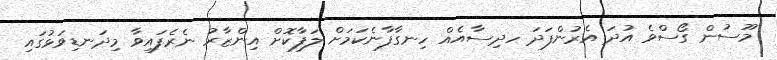
މޫސުން ގޯސްވެ އުދަ އެރުންފަދަ ހދިސާއެއް ހިނގާފާނެކަމަށް ލަފާކޮށް އިންޒާރު ނެރެފައިވާ މިދަނޑިވަޅުގައި